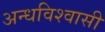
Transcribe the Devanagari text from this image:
अन्धविश्वासी